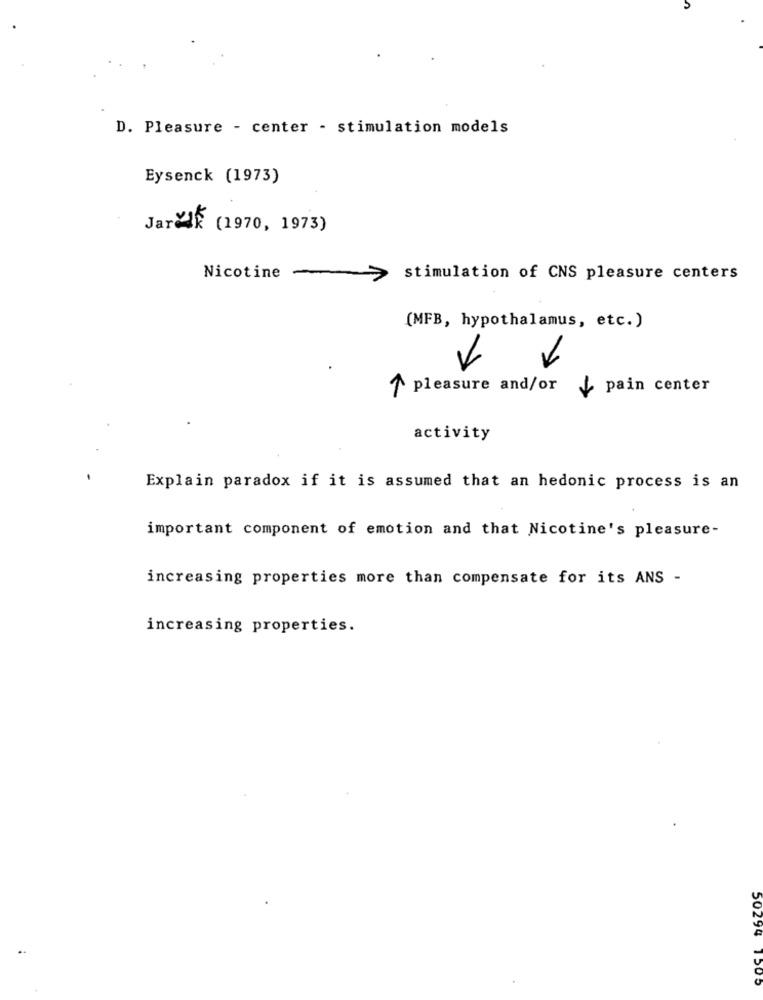
D. Pleasure - center - stimulation models
Eysenck (1973)
Jarek (1970, 1973)
Nicotine
> stimulation of CNS pleasure centers
(MFB, hypothalamus, etc.)
1 pleasure and/or
/ pain center
activity
Explain paradox if it is assumed that an hedonic process is an
important component of emotion and that Nicotine's pleasure-
increasing properties more than compensate for its ANS -
increasing properties.
50294 1503